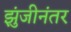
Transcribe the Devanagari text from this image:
झुंजीनंतर